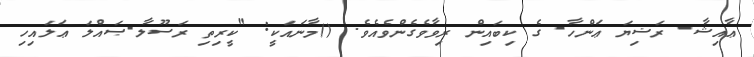
ޢާއިޝާ- ރަޟިޔަ ޢަންހާ- ގެ ކިބައިން ރިވާވެގެންވެއެވެ. ()މާނައަކީ: "ކީރިތި ރަސޫލާ-ޞައްލަ ޢަލައިހި